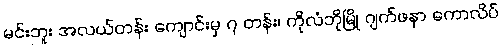
မင်းဘူး အလယ်တန်း ကျောင်းမှ ၇ တန်း၊ ကိုလံဘိုမြို့ ဂျက်ဖနာ ကောလိပ်